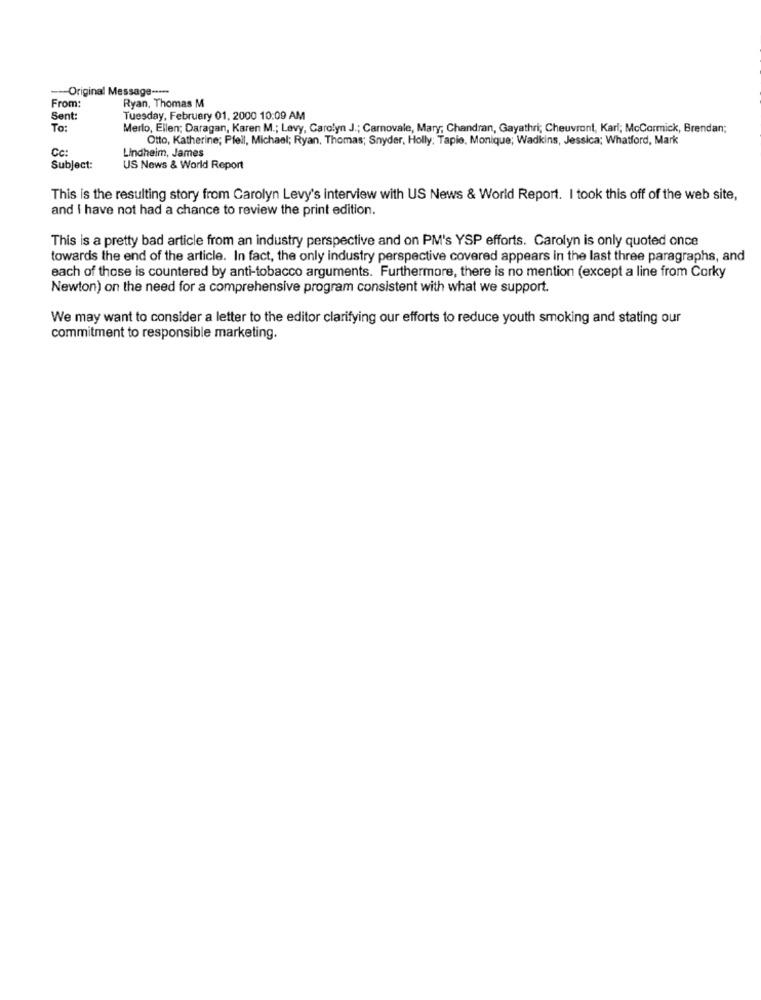
-Original Message -----
From:
Ryan, Thomas M
Sent:
Tuesday, February 01, 2000 10:09 AM
To:
Merlo, Ellen; Daragan, Karen M .; Levy, Carolyn J .; Carnovale, Mary; Chandran, Gayathri; Cheuvront, Karl; McCormick, Brendan;
Otto, Katherine; Pfeil, Michael; Ryan, Thomas; Snyder, Holly; Tapie, Monique; Wadkins, Jessica; Whatford, Mark
Cc:
Lindheim, James
Subject:
US News & World Report
This is the resulting story from Carolyn Levy's interview with US News & World Report. I took this off of the web site,
and I have not had a chance to review the print edition.
This is a pretty bad article from an industry perspective and on PM's YSP efforts. Carolyn is only quoted once
towards the end of the article. In fact, the only industry perspective covered appears in the last three paragraphs, and
each of those is countered by anti-tobacco arguments. Furthermore, there is no mention (except a line from Corky
Newton) on the need for a comprehensive program consistent with what we support.
We may want to consider a letter to the editor clarifying our efforts to reduce youth smoking and stating our
commitment to responsible marketing.